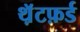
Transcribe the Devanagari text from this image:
थ़ॅटफ़र्ड